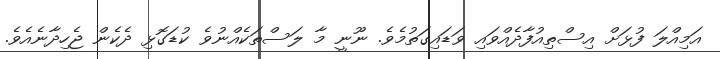
އަމިއްލަ ފުޅަށް އިސްތިއުފާދެއްވައި ވަޑައިގަތުމެވެ. ނޫނީ މާ ލަސްތަކެއްނުވެ ކުޑަގޮޅި ދެކެން ޖެހިދާނެއެވެ.